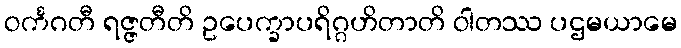
ဝင်္ကဂတီ ရဇ္ဇတီတိ ဥပေက္ခာပရိဂ္ဂဟိတာတိ ဝါတဿ ပဌမယာမေ